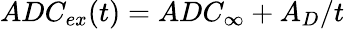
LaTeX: ADC_{ex}(t)=ADC_{\infty}+A_{D}/t